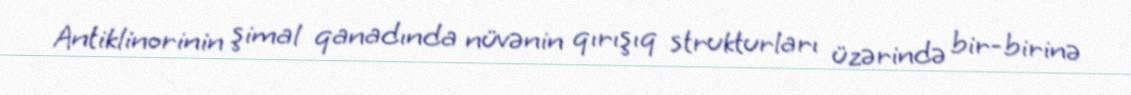
Antiklinorinin şimal qanadında nüvənin qırışıq strukturları üzərində bir-birinə